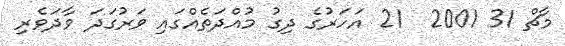
މާޗް 31 2001  21 އަހަރުގެ ދިގު މުއްދަތެއްގައި ވަރުގަދަ ވާދަވެރި